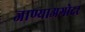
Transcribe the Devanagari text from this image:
जाण्याअगोदर